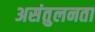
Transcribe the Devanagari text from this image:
असंतुलनता